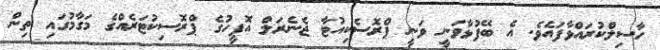
ހާސިލްކުރައްވާފައެވެ. އެ ބޭފުޅާވަނީ ވަނީ ޕްރޮސެކިއުޓާ ޖެނެރަލް އޮފީހުގެ ޕްރޮސިކުޓަރެއްގެ މަގާމުގައި ތިން